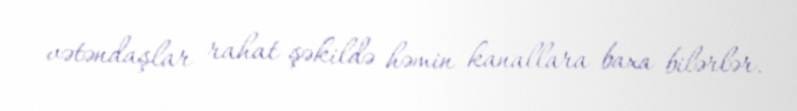
vətəndaşlar rahat şəkildə həmin kanallara baxa bilərlər.